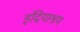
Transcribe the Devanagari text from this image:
इंद्रियाश्रय